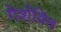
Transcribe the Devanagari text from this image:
गेर्शविन